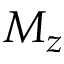
M _ { z }